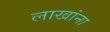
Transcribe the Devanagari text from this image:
लाखांना